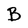
Character: B